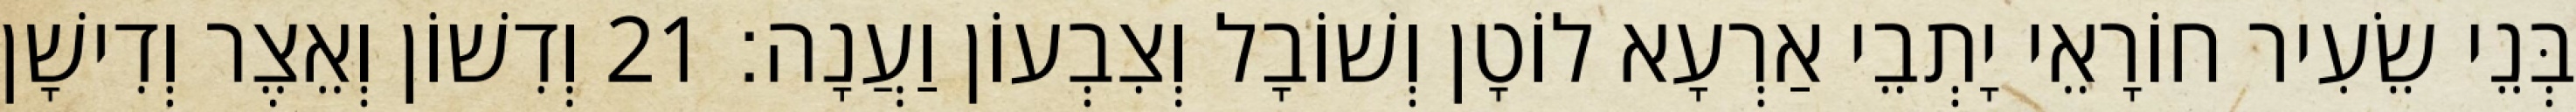
בְּנֵי שֵׂעִיר חוֹרָאֵי יָתְבֵי אַרְעָא לוֹטָן וְשׁוֹבָל וְצִבְעוֹן וַעֲנָה׃ 21 וְדִשׁוֹן וְאֵצֶר וְדִישָׁן